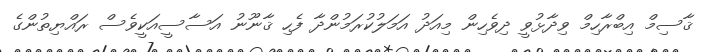
ޤާސިމް އިބްރާހިމް ވިދާޅުވީ ދިވެހިން މިއަދު އަމަލުކުރަމުންދާ ފެހި ޤާނޫނު އަސާސީއަކީވެސް ރައްޔިތުންގެ